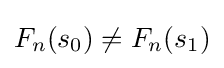
F_{n}(s_{0})\neq F_{n}(s_{1})